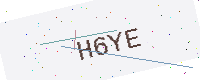
Text: H6YE